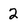
Character: 2